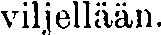
viljellään.